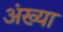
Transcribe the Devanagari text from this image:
अंख्या